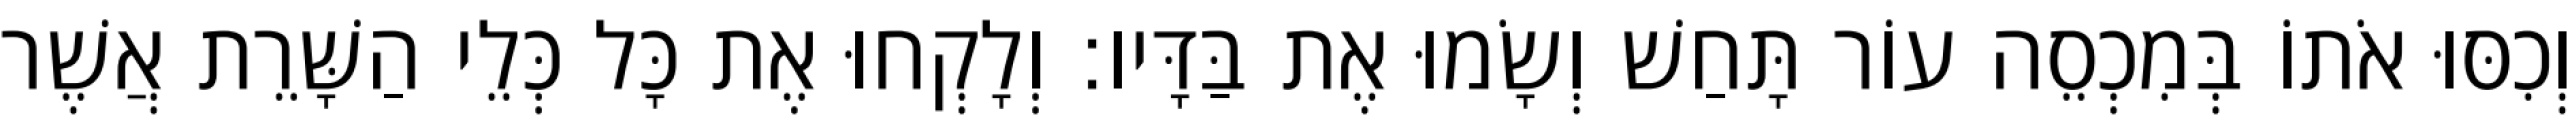
וְכִסּוּ אֹתוֹ בְּמִכְסֵה עוֹר תָּחַשׁ וְשָׂמוּ אֶת בַּדָּיו׃ וְלָקְחוּ אֶת כָּל כְּלֵי הַשָּׁרֵת אֲשֶׁר